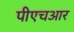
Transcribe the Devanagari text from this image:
पीएचआर